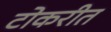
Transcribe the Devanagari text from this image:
टोकरीत